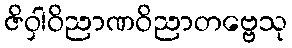
ဇိဝှါဝိညာဏဝိညာတဗ္ဗေသု